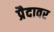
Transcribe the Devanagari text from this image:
प्रैदावर